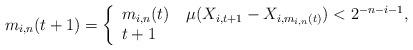
LaTeX: \begin{align*}m_{i,n}(t+1) = \left\{ \begin{array}{ll} m_{i,n}(t) & \, \mu(X_{i,t+1} - X_{i,m_{i,n}(t)}) < 2^{-n-i-1}, \\t+1 & \end{array}\right.\end{align*}